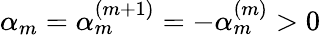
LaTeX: \alpha_{m}=\alpha_{m}^{(m+1)}=-\alpha_{m}^{(m)}>0